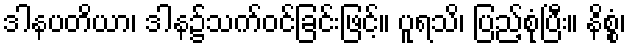
ဒါနပတိယာ၊ ဒါန၌သက်ဝင်ခြင်းဖြင့်။ ပူရသိ၊ ပြည့်စုံပြီး။ နိစ္စံ၊